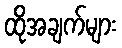
ထိုအချက်များ